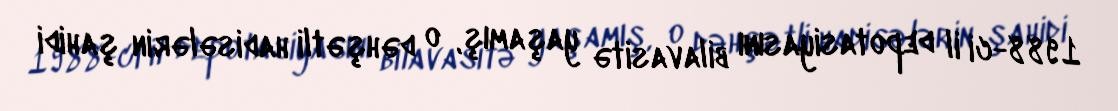
1988-ci il depotasiyasını bilavasitə yaşamış, o dəhşətli hadisələrin şahidi